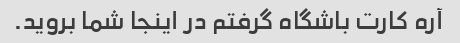
آره کارت باشگاه گرفتم در اینجا شما بروید.